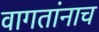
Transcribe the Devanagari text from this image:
वागतांनाच